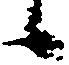
候